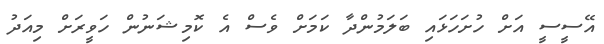
އޭސީސީ އަށް ހުށަހަޅައި ބަލަމުންދާ ކަމަށް ވެސް އެ ކޮމިޝަނުން ހަވީރަށް މިއަދު